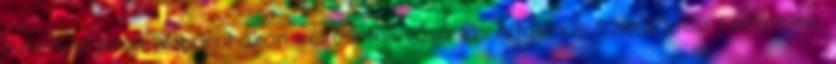
ismeri el jelen webáruházon keresztüli vásárlás Általános Szerződési Feltételeit.